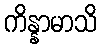
ကိန္နာမာသိ